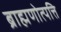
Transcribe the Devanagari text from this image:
ब्राह्मणोत्पत्ति